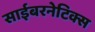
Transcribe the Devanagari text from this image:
साईबरनेटिक्स